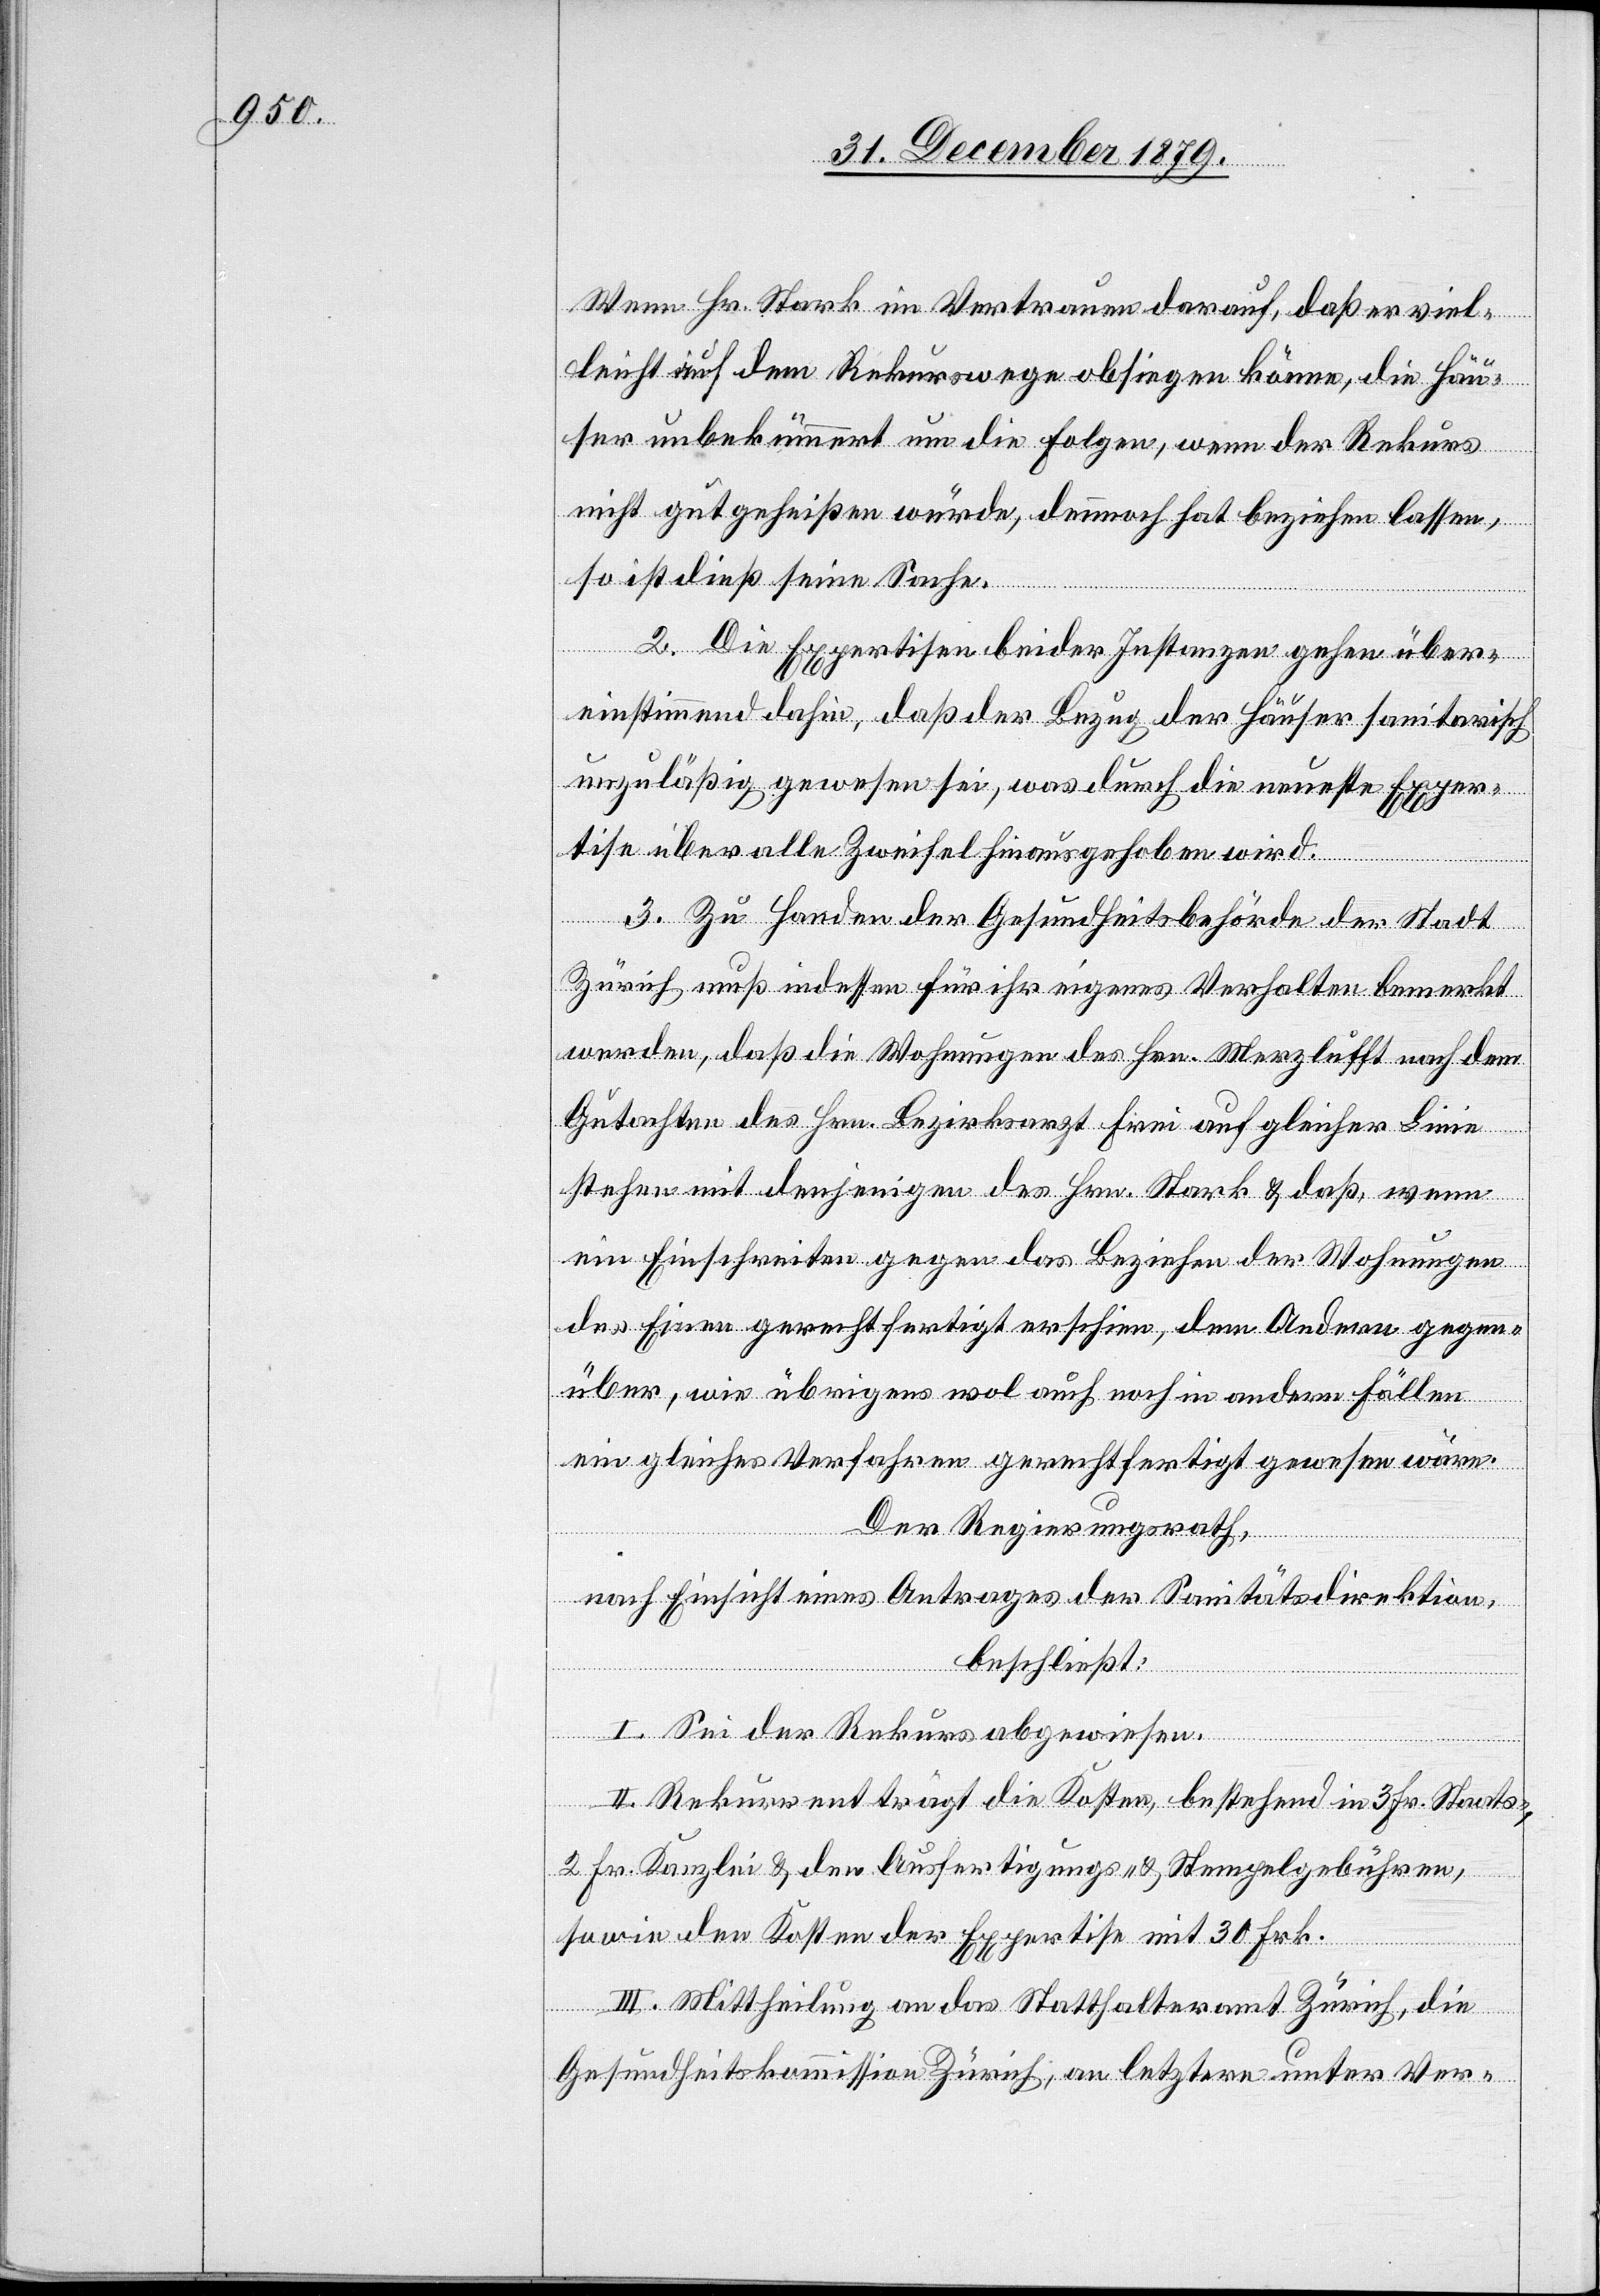
Wenn Hr. Stark im Vertrauen darauf, daß er viel¬
leicht auf dem Rekurswege obsiegen könne, die Häu¬
ser unbekümmert um die Folgen, wenn der Rekurs
nicht gutgeheißen würde, dennoch hat beziehen lassen,
so ist dieß seine Sache.
2. Die Expertisen beider Instanzen gehen über¬
einstimmend dahin, daß der Bezug der Häuser sanitarisch
unzuläßig gewesen sei, was durch die neueste Exper¬
tise über alle Zweifel hinausgehoben wird.
3. Zu Handen der Gesundheitsbehörde der Stadt
Zürich muß indessen für ihr eigenes Verhalten bemerkt
werden, daß die Wohnungen des Hrn. Merzlufft nach dem
Gutachten des Hrn. Bezirksarzt Frei auf gleicher Linie
stehen mit denjenigen des Hrn. Stark & daß, wenn
ein Einschreiten gegen das Beziehen der Wohnungen
des Einen gerechtfertigt erschien, dem Andern gegen¬
über, wie übrigens wol auch noch in andern Fällen
ein gleiches Verfahren gerechtfertigt gewesen wäre.
Der Regierungsrath,
nach Einsicht eines Antrages der Sanitätsdirektion,
beschließt:
I. Sei der Rekurs abgewiesen.
II. Rekurrent trägt die Kosten, bestehend in 3 Fr. Staats-,
2 Fr. Kanzlei & den Ausfertigungs- & Stempelgebühren,
sowie den Kosten der Expertise mit 30 Frk.
III. Mittheilung an das Statthalteramt Zürich, die
Gesundheitskommission Zürich, an letztere unter Ver-